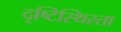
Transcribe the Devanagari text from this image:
दृष्टिस्थिरता